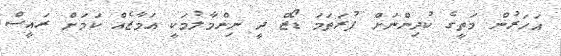
އަހަރުން މަތީގެ ކުދިންނަށް ފުރަތަމަ ޑޯޒް ދީ ނިންމާލުމަކީ އަމާޒެއް ކަމަށް ރައީސް